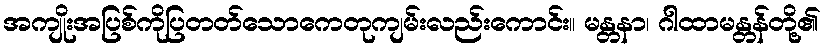
အကျိုးအပြစ်ကိုပြတတ်သောကေတုကျမ်းလည်းကောင်း။ မန္တနာ၊ ဂါထာမန္တန်တို့၏